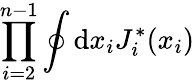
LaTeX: \prod_{i=2}^{n-1}\oint\mathrm{d}x_{i}J_{i}^{*}(x_{i})